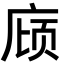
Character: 庼